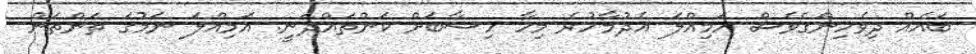
ބައެއް ދިވެހިންގެވެސް އަމިއްލަ އެދުމާހުރެ މިހާ ހިސާބަށް ކަންތައްދަނީ. އަމިއްލަ ނަމުގަ ތަންތަން